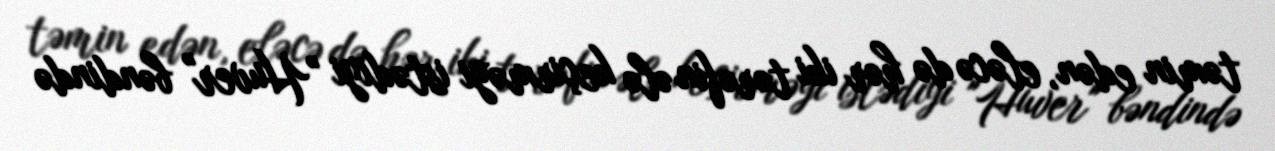
təmin edən, eləcə də hər iki tərəfin ələ keçirməyi istədiyi "Huver" bəndində